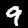
Digit: 9